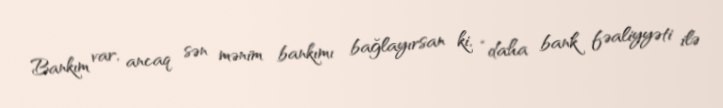
Bankım var, ancaq sən mənim bankımı bağlayırsan ki, “daha bank fəaliyyəti ilə